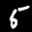
Label: 5